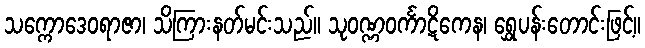
သက္ကောဒေဝရာဇာ၊ သိကြားနတ်မင်းသည်။ သုဝဏ္ဏဝင်္ကာဋိကေန၊ ရွှေပန်းတောင်းဖြင့်။